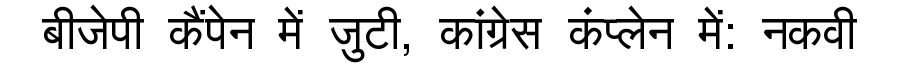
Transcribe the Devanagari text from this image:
बीजेपी कैंपेन में जुटी, कांग्रेस कंप्लेन में: नकवी